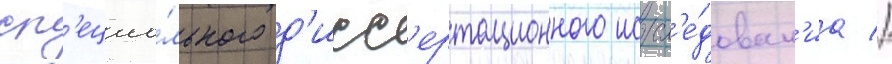
сп'ециа́льного д'исс'ертационного иссл'е́дован'иа //